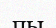
пы